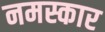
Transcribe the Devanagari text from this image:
नमस्कार